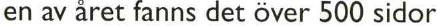
en av året fanns det över 500 sidor